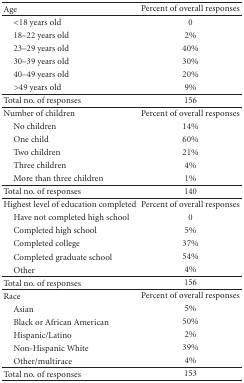
<table><thead><tr><td><b> Age</b></td><td><b>Percent of overall responses</b></td></tr></thead><tbody><tr><td> &lt;18 years old</td><td>0</td></tr><tr><td> 18–22 years old</td><td>2%</td></tr><tr><td> 23–29 years old</td><td>40%</td></tr><tr><td> 30–39 years old</td><td>30%</td></tr><tr><td> 40–49 years old</td><td>20%</td></tr><tr><td> &gt;49 years old</td><td>9%</td></tr><tr><td>Total no. of responses</td><td>156</td></tr><tr><td>Number of children</td><td>Percent of overall responses</td></tr><tr><td> No children</td><td>14%</td></tr><tr><td> One child</td><td>60%</td></tr><tr><td> Two children</td><td>21%</td></tr><tr><td> Three children</td><td>4%</td></tr><tr><td> More than three children</td><td>1%</td></tr><tr><td>Total no. of responses</td><td>140 </td></tr><tr><td>Highest level of education completed</td><td>Percent of overall responses</td></tr><tr><td> Have not completed high school</td><td>0</td></tr><tr><td> Completed high school</td><td>5%</td></tr><tr><td> Completed college</td><td>37%</td></tr><tr><td> Completed graduate school</td><td>54%</td></tr><tr><td> Other</td><td>4%</td></tr><tr><td>Total no. of responses</td><td>156 </td></tr><tr><td>Race</td><td>Percent of overall responses</td></tr><tr><td> Asian</td><td>5%</td></tr><tr><td> Black or African American</td><td>50%</td></tr><tr><td> Hispanic/Latino</td><td>2%</td></tr><tr><td> Non-Hispanic White</td><td>39%</td></tr><tr><td> Other/multirace</td><td>4%</td></tr><tr><td>Total no. of responses</td><td>153</td></tr></tbody></table>